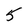
Character: 5